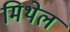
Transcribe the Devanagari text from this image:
मिथेल